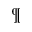
^ \P